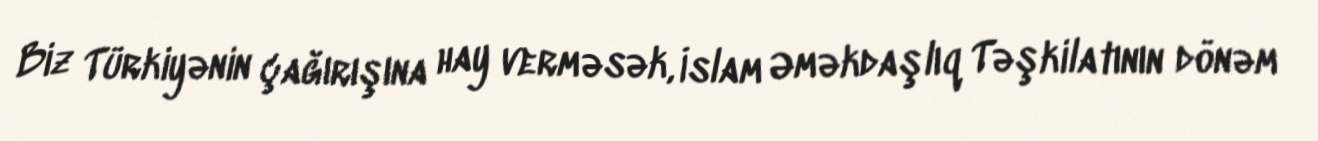
Biz Türkiyənin çağırışına hay verməsək, İslam Əməkdaşlıq Təşkilatının dönəm